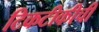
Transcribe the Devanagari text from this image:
टिकटीकीची